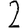
Digit: 2